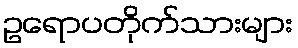
ဥရောပတိုက်သားများ